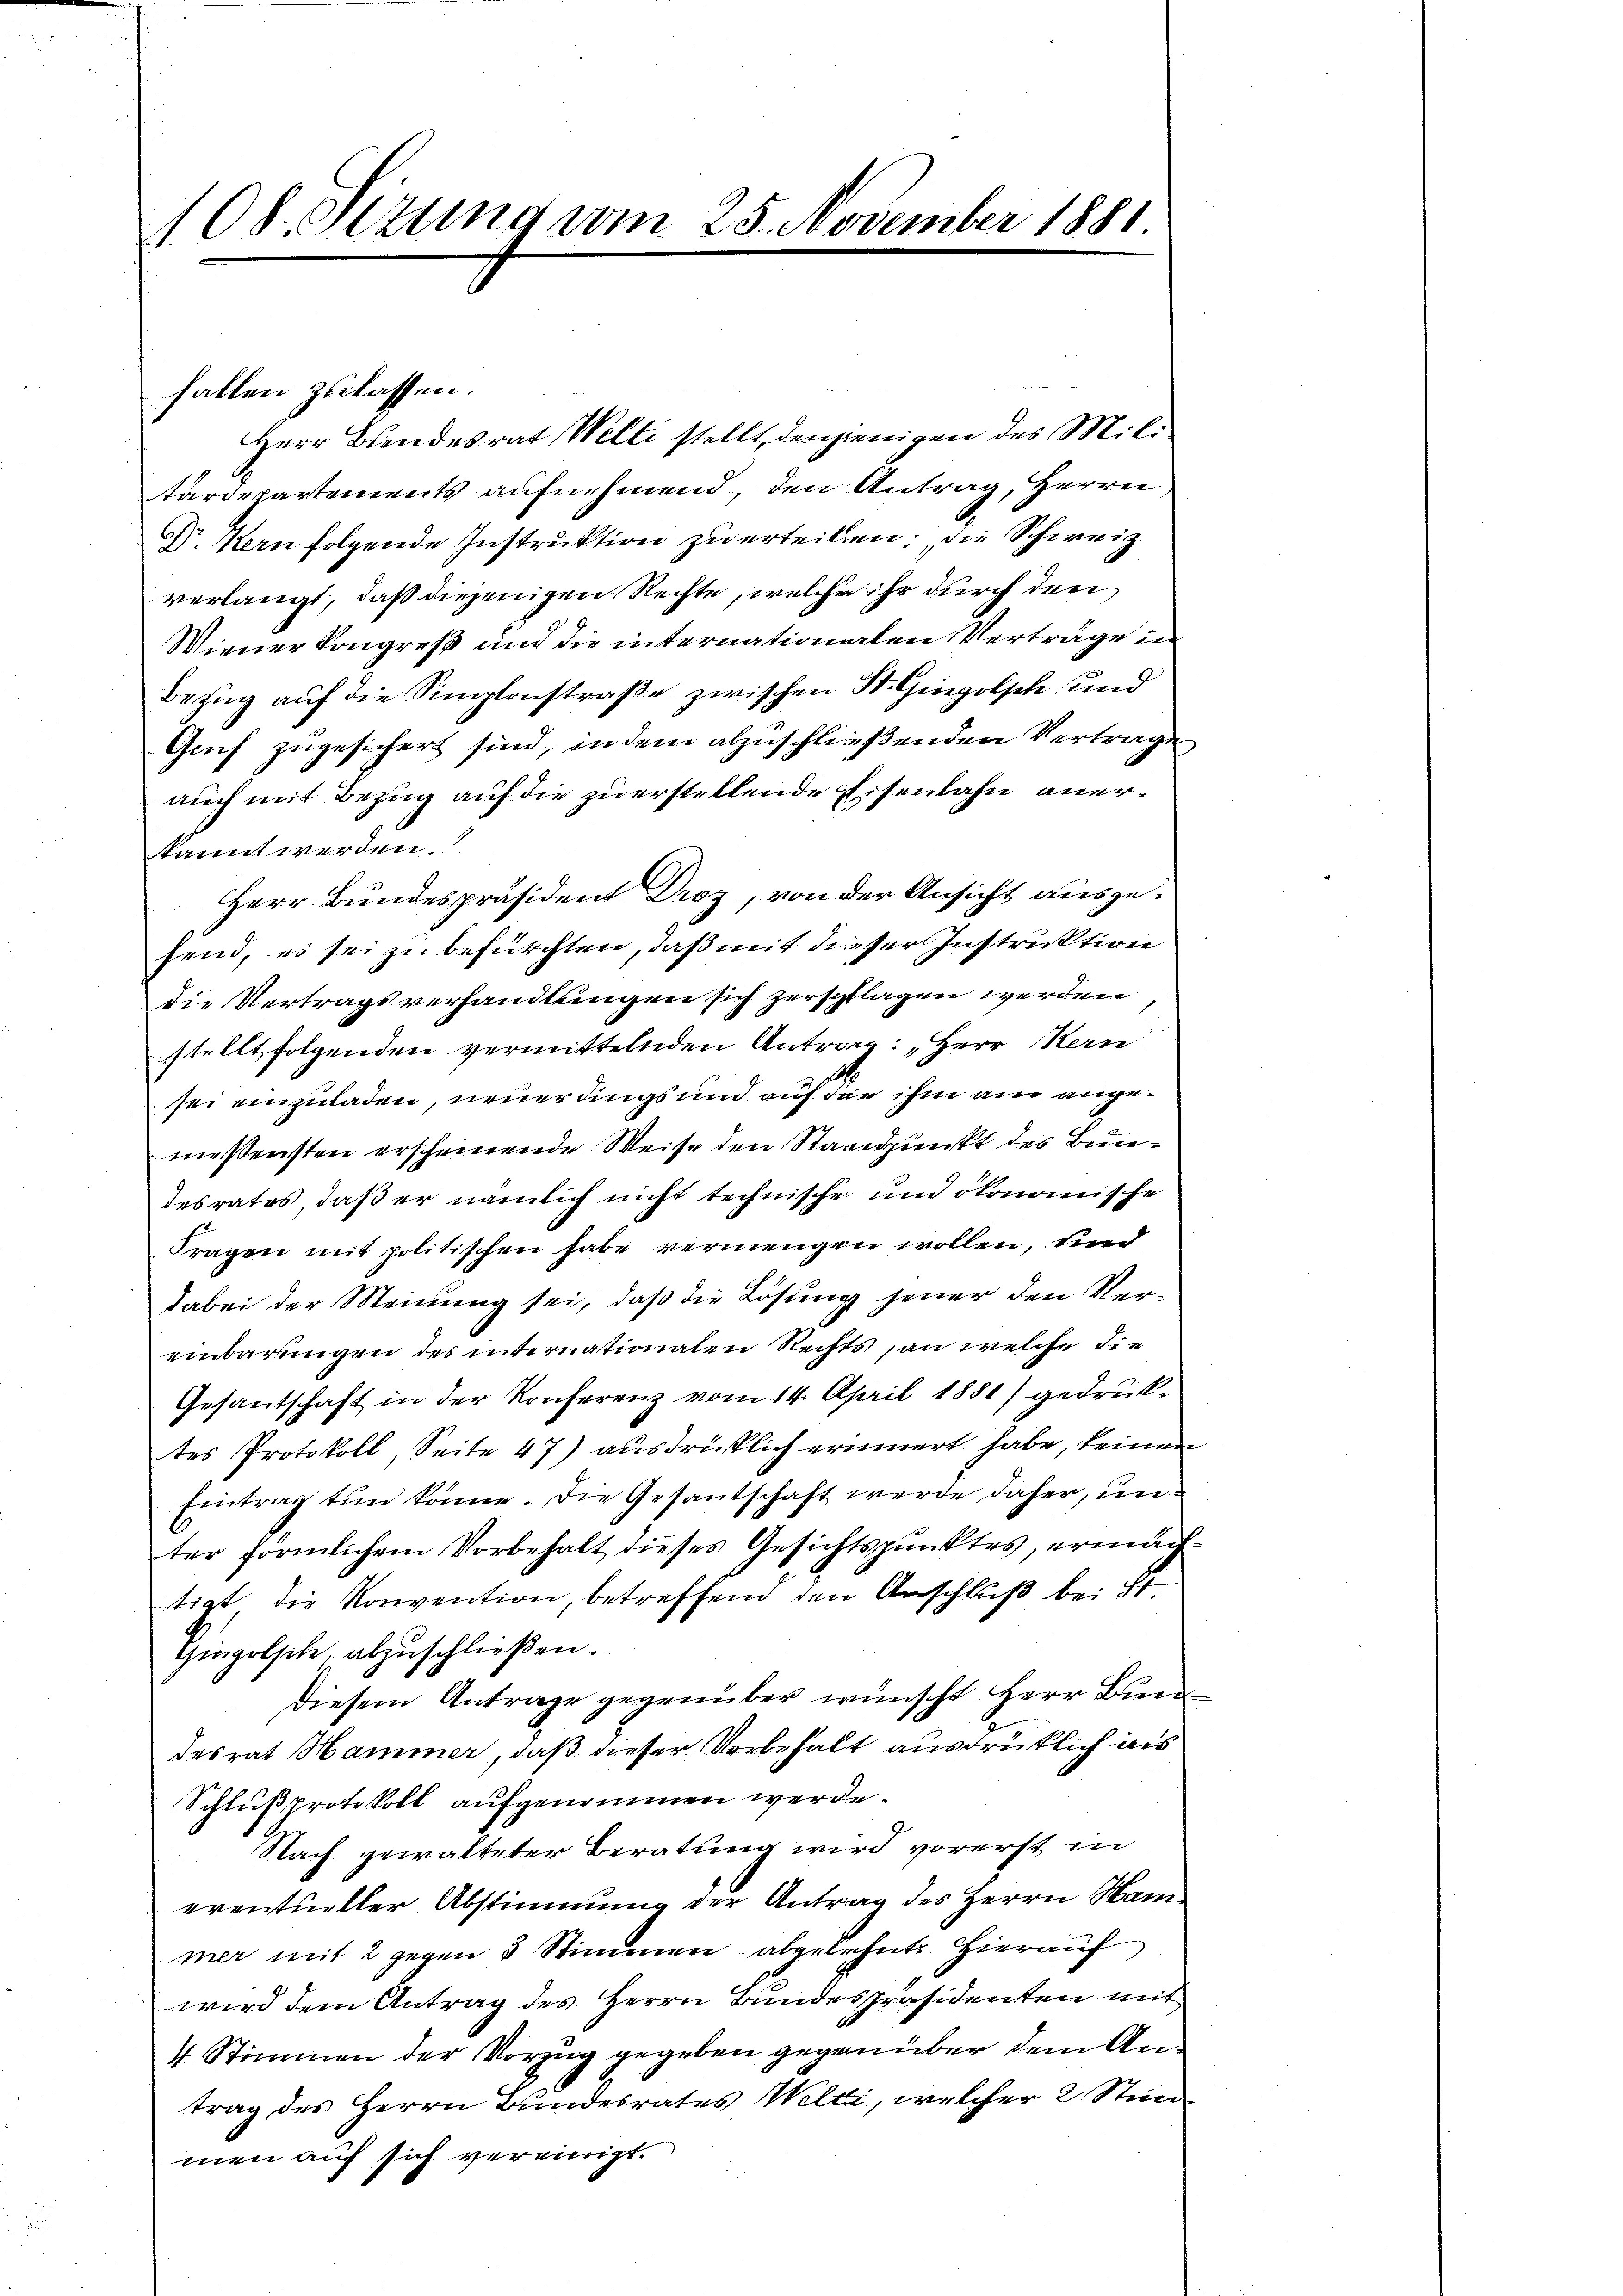
108. Sitzung vom 25. November 1881

fallen zu lassen.
Herr Bundesrat Welti stellt, denjenigen des Miltärdepartements aufnehmend, den Antrag, Herrn
DDr. Kern folgende Instruktion zu erteilen; die Schweiz
verlangt, daß diejenigen Rechte, welche ihr durch den
Wiener Kongreß und die internationalen Verträge in
Bezug auf die Simplonstraße zwischen St. Gingolsch und
Genf zugesichert sind, in dem abzuschließenden Vertrage
auch mit Bezug auf die zu erstellende Eisenbahn anerkannt werden.
Herr Bundespräsident Droz, von der Ansicht ausgehend, es sei zu befürchten, daß mit dieser Instruktion
die Vertragsverhandlungen sich zerschlagen werden
stellt folgenden vermittelnden Antrag: „Herr Hern
sei einzuladen, neuerdings und auf die ihm am angemessensten erscheinende Weise den Standpunkt des Bundesrates, daß er nämlich nicht technische und ökonomische
Fragen mit politischen habe vermengen wollen, und
dabei der Meinung sei, daß die Lösung jener den Vereinbarungen des internationalen Rechts, an welche die
Gesantschaft in der Konferenz vom 14. April 1881) gedruktes Protokoll, Seite 47) ausdrücklich erinnert habe, keinen
Eintrag tun könne. Die Gesandtschaft werde daher, unter förmlichem Vorbehalt dieses Gesichtspunktes, ermag
tigt die Konvention, betreffend den Anschluß bei St.
Gingolsite abzuschließen.
diesem Antrage gegenüber wünscht Herr Brenn
desrat Hammer, daß dieser Vorbehalt ausdrücklich aus
Schlußprotokoll aufgenommen werde.
Nach gewalteter Beratung wird vorerst in
eventueller Abstimmung der Antrag des Herrn Hammer mit 2 gegen 3 Stimmen abgelehnte hierauf
wird dem Antrag des Herrn Bundespräsidenten mit
4 Stimmen der Vorzug gegeben gegenüber dem Antrag des Herrn Bundesrates Welti, welcher 2 Stimmen auf sich vereinigt.

F